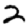
Digit: 2